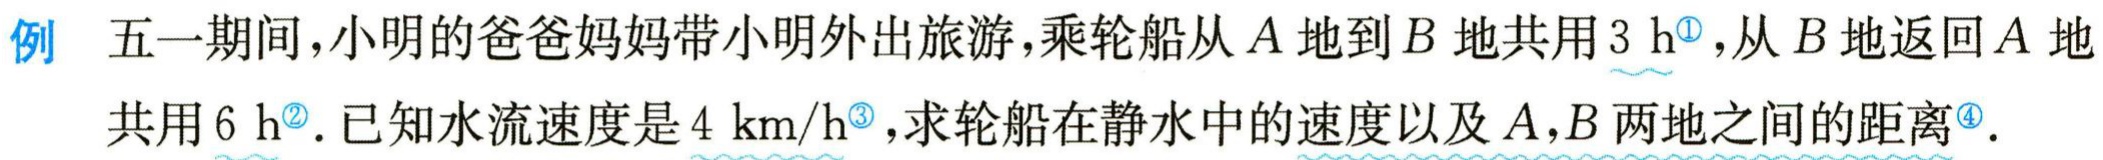
例 五一期间，小明的爸爸妈妈带小明外出旅游，乘轮船从\(A\)地到\(B\)地共用\(3\ h^{\textcircled{1}}\)，从\(B\)地返回\(A\)地共用\(6\ h^{\textcircled{2}}\). 已知水流速度是\(4\ km/h^{\textcircled{3}}\)，求轮船在静水中的速度以及\(A,B\)两地之间的距离\(^{\textcircled{4}}\).